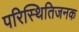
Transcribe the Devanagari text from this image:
परिस्थितिजनक